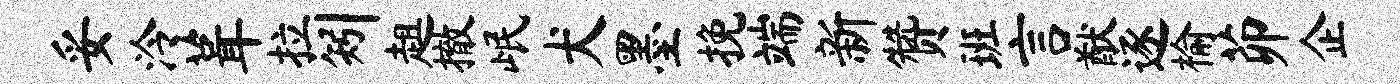
妥泠葺拉矧趄撤岷犬墨挽端新赞班言猷逐榆茆企